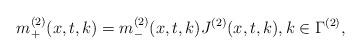
LaTeX: \begin{align*} m^{(2)}_{+}(x,t,k)=m^{(2)}_{-}(x,t,k)J^{(2)}(x,t,k), k\in\Gamma^{(2)}, \end{align*}